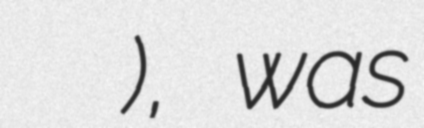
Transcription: مسجد سيدي معاوية), was